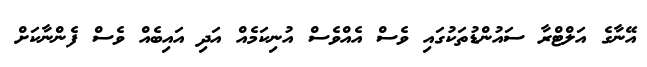
އޭނާގެ އަލްޓްރާ ސައުންޑުތަކުގައި ވެސް އެއްވެސް އުނިކަމެއް އަދި އައިބެއް ވެސް ފެންނާކަށް